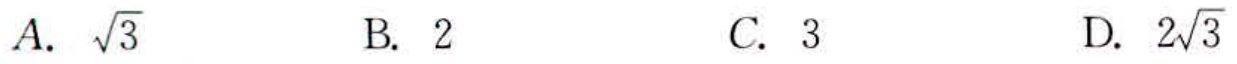
A. $\sqrt{3}$  B. $2$  C. $3$  D. $2\sqrt{3}$